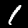
Digit: 1